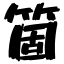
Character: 箇